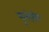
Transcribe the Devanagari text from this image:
मूलदेशीय